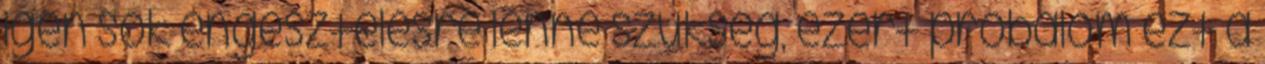
igen sok engesztelésre lenne szükség, ezért próbálom ezt a